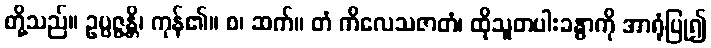
တို့သည်။ ဥပ္ပဇ္ဇန္တိ၊ ကုန်၏။ စ၊ ဆက်။ တံ ကိလေသဇာတံ၊ ထိုသူတပါးခန္ဓာကို အာရုံပြု၍